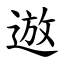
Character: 䢟